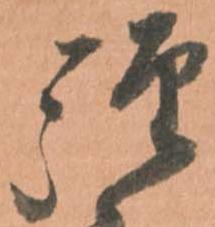
弾